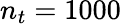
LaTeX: n_{t}=1000